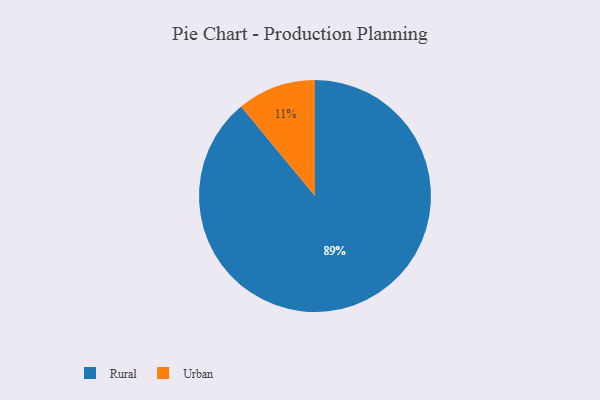
{"axis": {"x": "Category", "y": "Percentage"}, "legend": ["Rural", "Urban"], "data": [{"x": "Urban", "y": 11, "type": "Urban"}, {"x": "Rural", "y": 89, "type": "Rural"}]}